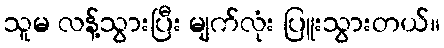
သူမ လန့်သွားပြီး မျက်လုံး ပြူးသွားတယ်။